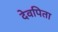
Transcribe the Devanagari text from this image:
देवपिता